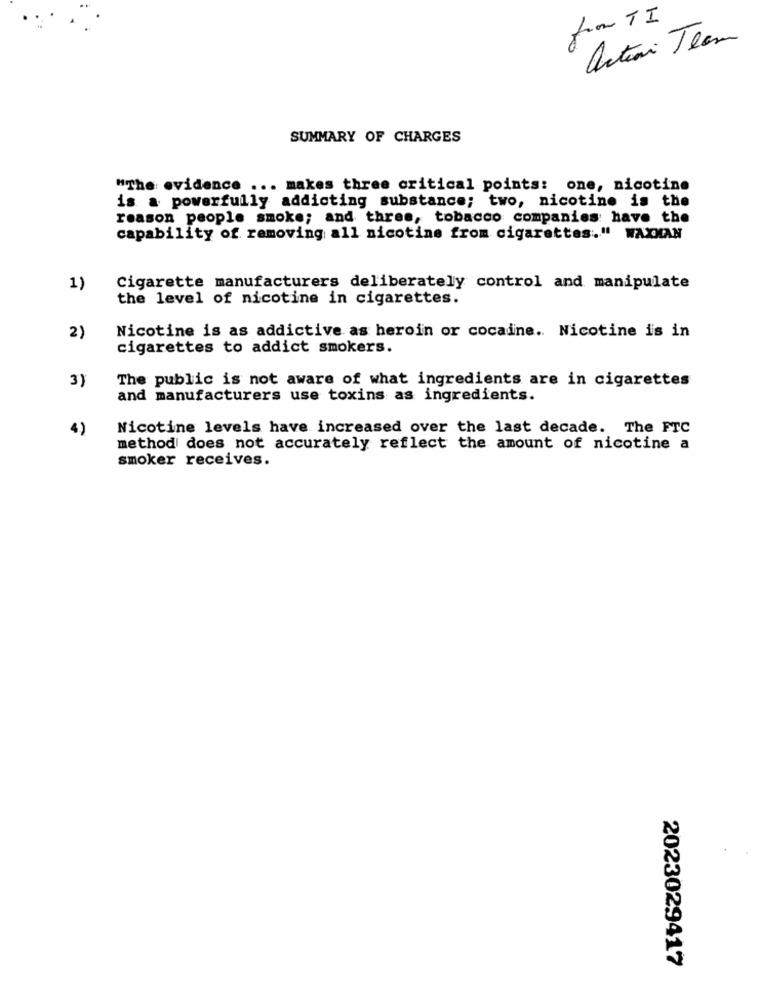
fron TI
artini Team
SUMMARY OF CHARGES
"The evidence ... makes three critical points: one, nicotine
is a powerfully addicting substance; two, nicotine is the
reason people smoke; and three, tobacco companies have the
capability of removing all nicotine from cigarettes." WAXMAN
1)
Cigarette manufacturers deliberately control and manipulate
the level of nicotine in cigarettes.
2)
Nicotine is as addictive as heroin or cocaine. Nicotine is in
cigarettes to addict smokers.
3)
The public is not aware of what ingredients are in cigarettes
and manufacturers use toxins as ingredients.
4)
Nicotine levels have increased over the last decade. The FTC
method does not accurately reflect the amount of nicotine a
smoker receives.
2023029417